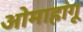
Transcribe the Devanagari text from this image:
ओमाहांगू